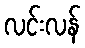
လင်းလန်